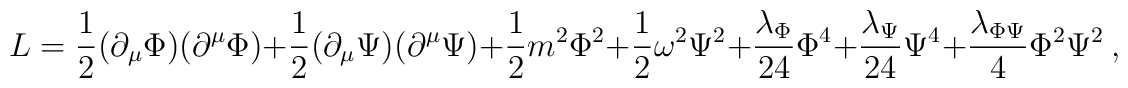
L = {1 \over 2} (\partial_{\mu} \Phi) (\partial^{\mu} \Phi) +{1 \over 2} (\partial_{\mu} \Psi) (\partial^{\mu} \Psi) +{1 \over 2} m^2 \Phi^2+{1 \over 2} \omega^2 \Psi^2+{\lambda_\Phi \over 24}  \Phi^4+{\lambda_\Psi \over 24}  \Psi^4+{\lambda_{\Phi \Psi} \over 4}  \Phi^2 \Psi^2~,